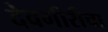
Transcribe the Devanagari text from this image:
देवगीरीचा